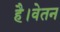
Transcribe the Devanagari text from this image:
है।वेतन